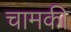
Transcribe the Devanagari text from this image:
चामकी